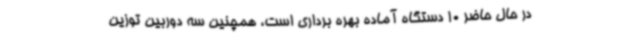
در حال حاضر 10 دستگاه آماده بهره برداری است، همچنین سه دوربین توزین